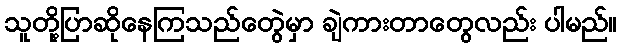
သူတို့ပြာဆိုနေကြသည်တွေဲမှာ ချဲကားတာတွေလည်း ပါမည်။